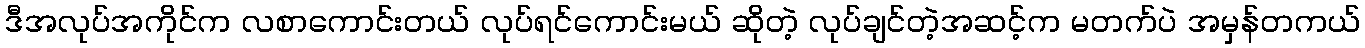
ဒီအလုပ်အကိုင်က လစာကောင်းတယ် လုပ်ရင်ကောင်းမယ် ဆိုတဲ့ လုပ်ချင်တဲ့အဆင့်က မတက်ပဲ အမှန်တကယ်